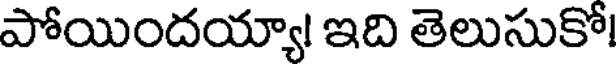
పోయిందయ్యా! ఇది తెలుసుకో!